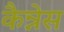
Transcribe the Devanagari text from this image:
कैन्नेस